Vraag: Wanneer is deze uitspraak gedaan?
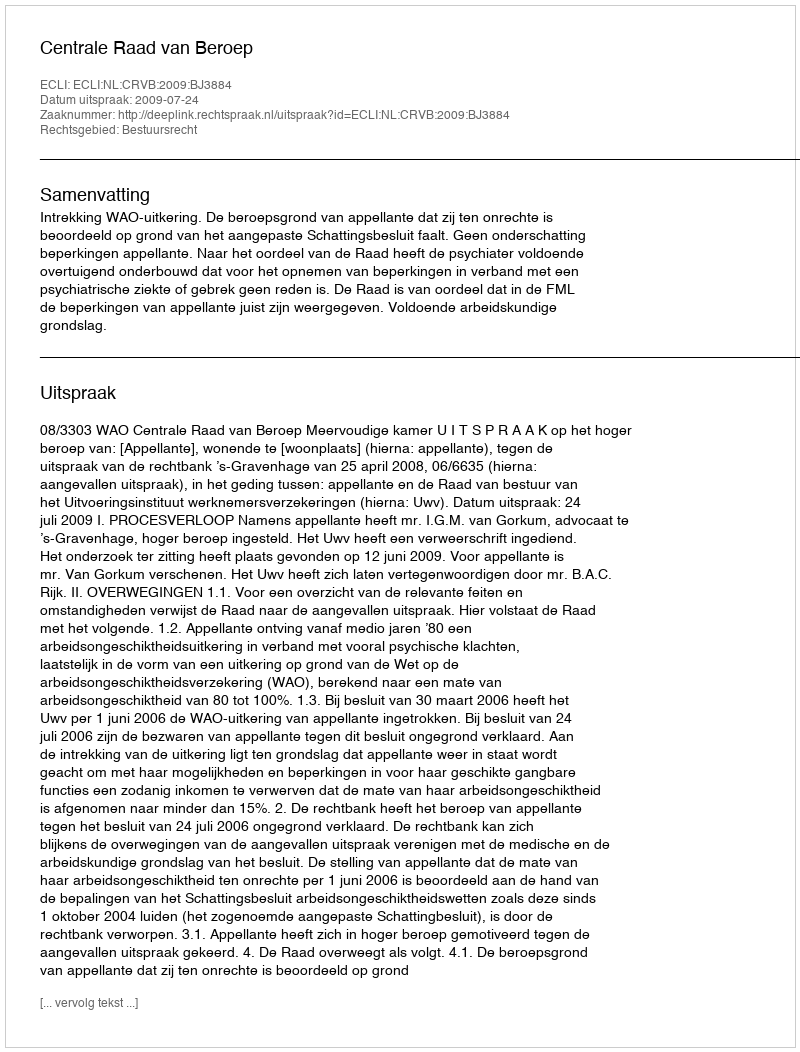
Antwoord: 2009-07-24